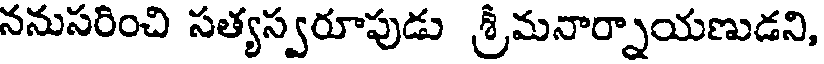
ననుసరించి సత్యస్వరూపుడు శ్రీమనార్నాయణుడని,